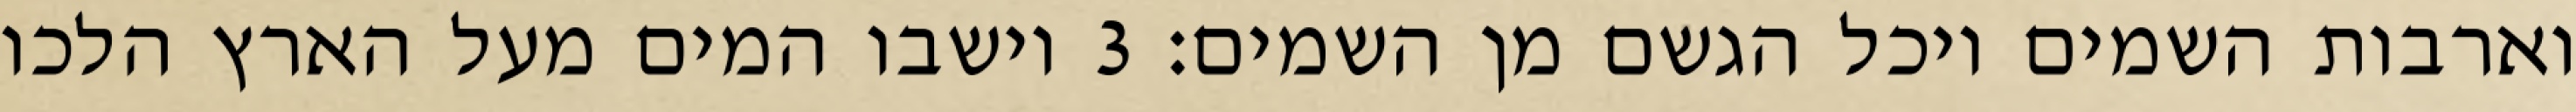
וארבות השמים ויכל הגשם מן השמים׃ ‎3‏ וישבו המים מעל הארץ הלכו